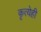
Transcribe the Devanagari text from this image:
कृत्येही